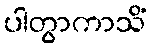
ပါတွာကာသိံ